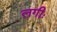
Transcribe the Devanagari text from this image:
लगीः